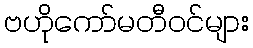
ဗဟိုကော်မတီဝင်များ